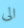
الى